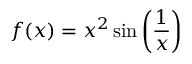
f ( x ) = x ^ { 2 } \sin \left( { \frac { 1 } { x } } \right)